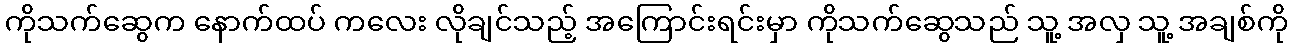
ကိုသက်ဆွေက နောက်ထပ် ကလေး လိုချင်သည့် အကြောင်းရင်းမှာ ကိုသက်ဆွေသည် သူ့ အလှ သူ့ အချစ်ကို